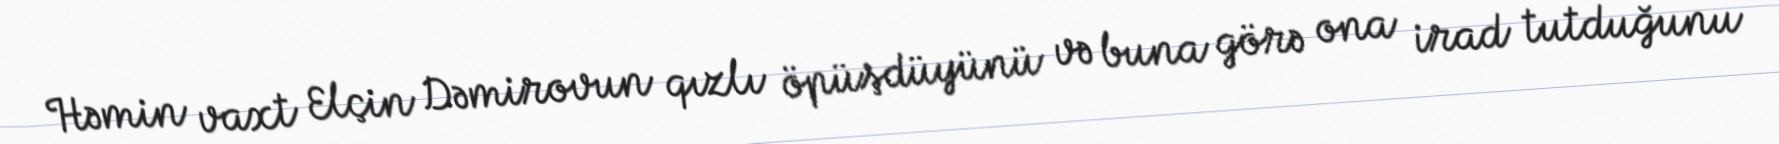
Həmin vaxt Elçin Dəmirovun qızlı öpüşdüyünü və buna görə ona irad tutduğunu